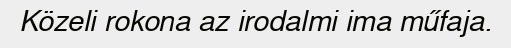
Közeli rokona az irodalmi ima műfaja.